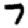
Digit: 7